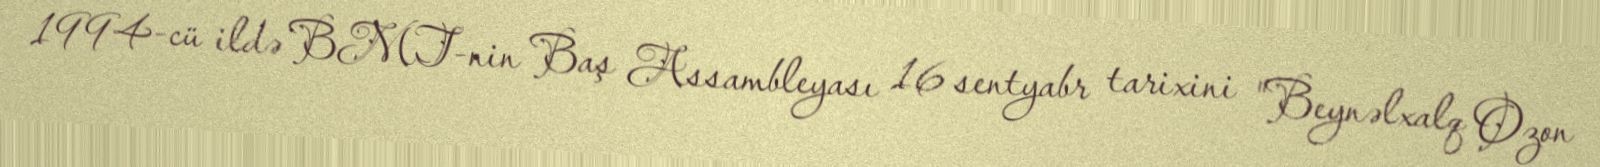
1994-cü ildə BMT-nin Baş Assambleyası 16 sentyabr tarixini "Beynəlxalq Ozon